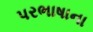
પરભાષાના